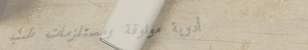
أدوية موثوقة ومستلزمات طب